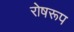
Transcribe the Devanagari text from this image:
रोषरूप